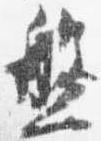
盤